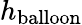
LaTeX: h_{\mathrm{balloon}}